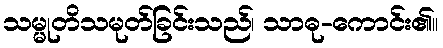
သမ္မုတိသမုတ်ခြင်းသည်၊ သာဓု-ကောင်း၏။